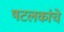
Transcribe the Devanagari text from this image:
षटलकांचे